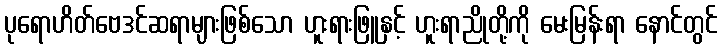
ပုရောဟိတ်ဗေဒင်ဆရာများဖြစ်သော ဟူးရားဖြူနှင့် ဟူးရာညိုတို့ကို မေးမြန်းရာ နောင်တွင်